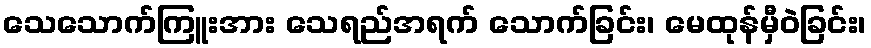
သေသောက်ကြူးအား သေရည်အရက် သောက်ခြင်း၊ မေထုန်မှီဝဲခြင်း၊